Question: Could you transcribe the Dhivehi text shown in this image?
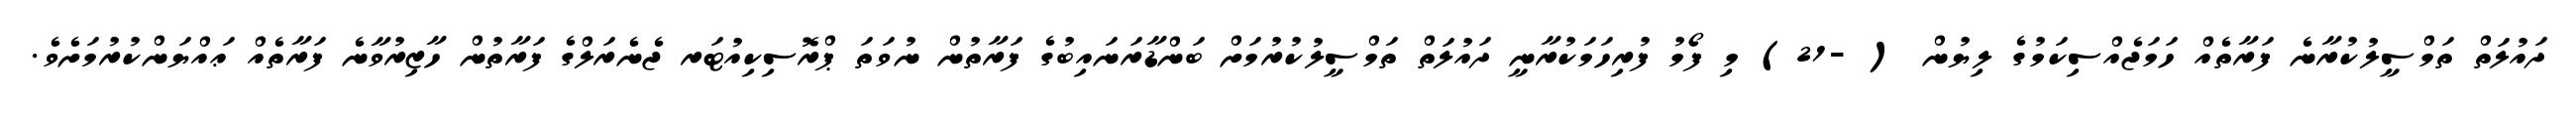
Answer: ދައުލަތް ތަމްސީލުކުރާނެ ފަރާތެއް ހަމަޖެއްސިކަމުގެ ލިޔުން ( -21) މި ފޯމު ފުރިހަމަކުރާނީ ދައުލަތް ތަމްސީލުކުރުމަށް ބަންޑާރަނައިބުގެ ފަރާތުން ނުވަތަ ޕްރޮސިކިއުޓަރ ޖެނެރަލްގެ ފަރާތުން ހާޒިރުވާނެ ފަރާތެއް ޢައްޔަންކުރުމަށެވެ.